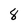
Character: 8